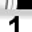
Digit: 1